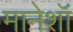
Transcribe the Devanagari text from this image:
मानेशॉ